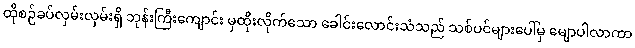
ထိုစဉ်ခပ်လှမ်းလှမ်းရှိ ဘုန်းကြီးကျောင်း မှထိုးလိုက်သော ခေါင်းလောင်းသံသည် သစ်ပင်များပေါ်မှ မျောပါလာကာ